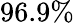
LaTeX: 96.9\%